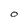
Character: O